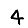
Digit: 4